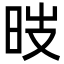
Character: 㫞